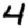
Digit: 4